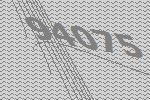
94075